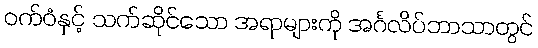
ဝက်ဝံနှင့် သက်ဆိုင်သော အရာများကို အင်္ဂလိပ်ဘာသာတွင်